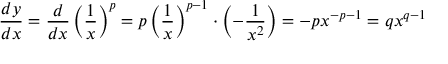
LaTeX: { \frac { d y } { d x } } = { \frac { d } { d x } } \left( { \frac { 1 } { x } } \right) ^ { p } = p \left( { \frac { 1 } { x } } \right) ^ { p - 1 } \cdot \left( - { \frac { 1 } { x ^ { 2 } } } \right) = - p x ^ { - p - 1 } = q x ^ { q - 1 }